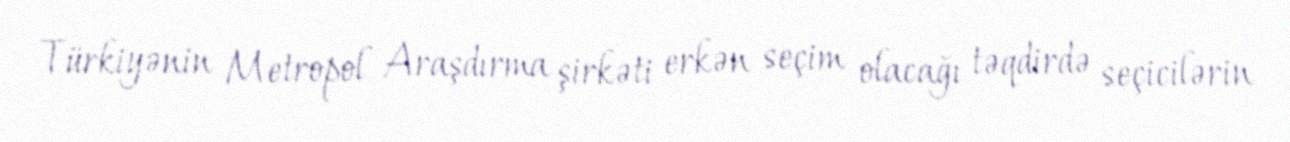
Türkiyənin Metropol Araşdırma şirkəti erkən seçim olacağı təqdirdə seçicilərin